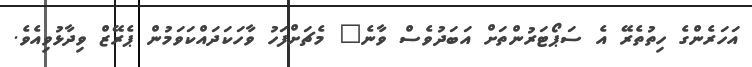
އަހަރެންގެ ހިތުތެރޭ އެ ސަޕޯޓަރުންތަށް އަބަދުވެސް ވާނެ" މެޗަށްފަހު ވާހަކަދައްކަވަމުން ޕެރޭޒް ވިދާޅުވިއެވެ.